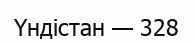
Үндістан — 328